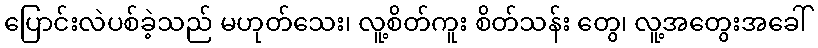
ပြောင်းလဲပစ်ခဲ့သည် မဟုတ်သေး၊ လူ့စိတ်ကူး စိတ်သန်း တွေ၊ လူ့အတွေးအခေါ်